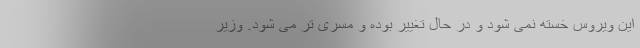
این ویروس خسته نمی شود و در حال تغییر بوده و مسری تر می شود. وزیر